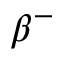
\beta ^ { - }